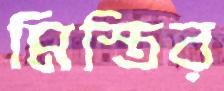
মিস্ত্রির